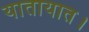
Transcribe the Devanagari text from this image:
यातायात।